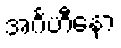
အင်္ဂဟီနော